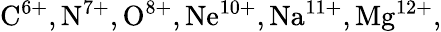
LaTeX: \mathrm{C^{6+},N^{7+},O^{8+},Ne^{10+},Na^{11+},Mg^{12+},}